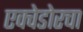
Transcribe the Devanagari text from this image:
एक्वेडोरचा